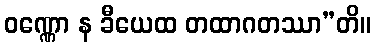
ဝဏ္ဏော န ခီယေထ တထာဂတဿာ”တိ။